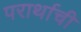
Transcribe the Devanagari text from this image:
परार्थाची